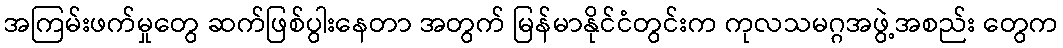
အကြမ်းဖက်မှုတွေ ဆက်ဖြစ်ပွါးနေတာ အတွက် မြန်မာနိုင်ငံတွင်းက ကုလသမဂ္ဂအဖွဲ့အစည်း တွေက